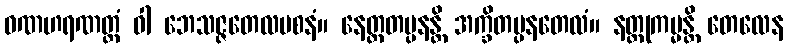
ဝဏဟရဏတ္ထံ ဝါ ဘေသဇ္ဇတေလပစနံ။ နေတ္တတပ္ပနန္တိ အက္ခိတပ္ပနတေလံ။ နတ္ထုကမ္မန္တိ တေလေန